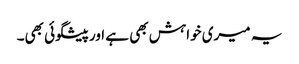
یہ میری خواہش بھی ہے اور پیشگوئی بھی۔